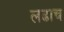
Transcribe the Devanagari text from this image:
लढाच